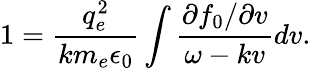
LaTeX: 1=\frac{q_{e}^{2}}{km_{e}\epsilon_{0}}\int\frac{\partial f_{0}/\partial v}{\omega-kv}dv.